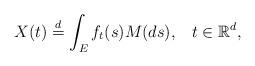
LaTeX: \begin{align*}X(t) \stackrel{d}{=}\int_{E}f_{t}(s)M(ds), \;\;\;t\in \mathbb{R}^{d},\end{align*}